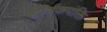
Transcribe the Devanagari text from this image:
शीर्षकपंक्ति